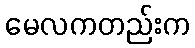
မေလကတည်းက